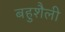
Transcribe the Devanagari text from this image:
बहुशैली